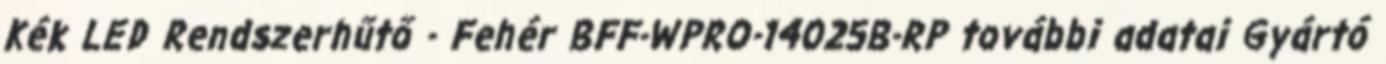
Kék LED Rendszerhűtő - Fehér BFF-WPRO-14025B-RP további adatai Gyártó